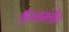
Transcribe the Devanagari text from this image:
मुख्यमंत्रीच